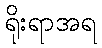
ရိုးရာအရ